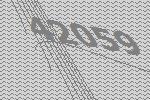
42059